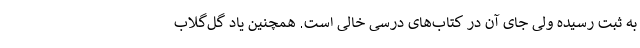
به ثبت رسیده ولی جای آن در کتاب‌های درسی خالی است. همچنین یاد گل‌گلاب